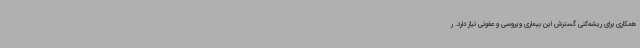
همکاری برای ریشه‌کنی گسترش این بیماری ویروسی و عفونی نیاز دارد. ر